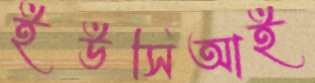
ইউসিআই